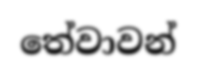
තේවාවන්